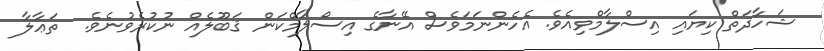
ޝަހާދަތް ކިޔައި އިސްލާމްވިއެވެ. އެހެންނަމަވެސް އޭނާގެ އިސްލާމްކަން ޤަބޫލެއް ނުކުރެވުނެވެ.  ތަޢާލާ